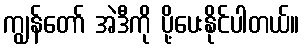
ကျွန်တော် အဲဒီကို ပို့ပေးနိုင်ပါတယ်။